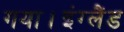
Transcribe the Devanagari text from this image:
गया।इंग्लैंड